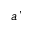
\grave { a }